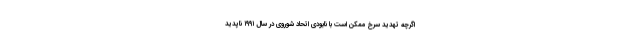
اگرچه تهدید سرخ ممکن است با نابودی اتحاد شوروی در سال ۱۹۹۱ ناپدید